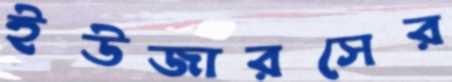
ইউজারসের